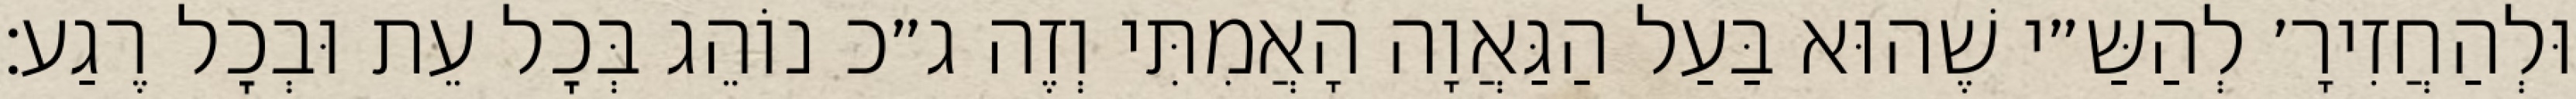
וּלְהַחֲזִירָ׳ לְהַשַּ״י שֶׁהוּא בַּעַל הַגַּאֲוָה הָאֲמִתִּי וְזֶה ג״כ נוֹהֵג בְּכׇל עֵת וּבְכׇל רֶגַע: